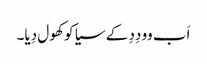
اَب وو دِدِ کے سیا کو کھول دِیا۔